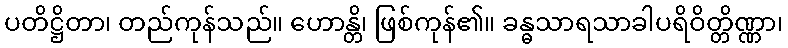
ပတိဋ္ဌိတာ၊ တည်ကုန်သည်။ ဟောန္တိ၊ ဖြစ်ကုန်၏။ ခန္ဓသာရသာခါပရိဝိတ္တိဏ္ဏာ၊